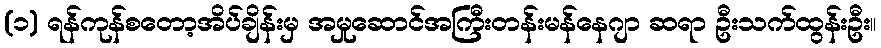
(၁) ရန်ကုန်စတော့အိပ်ချိန်းမှ အမှုဆောင်အကြီးတန်းမန်နေဂျာ ဆရာ ဦးသက်ထွန်းဦး။